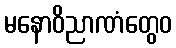
မနောဝိညာဏံတွေဝ